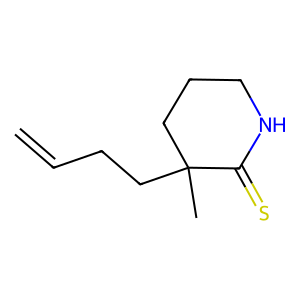
SMILES: C=CCCC1(C)CCCNC1=S
Inhibits HIV replication: No